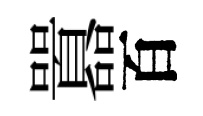
囂百